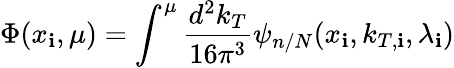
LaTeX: \Phi(x_{\mathbf{i}},\mu)=\int^{\mu}{\frac{{d^{2}k_{T}}}{{16\pi^{3}}}}\psi_{n/N}(x_{\mathbf{i}},k_{T,\mathbf{i}},\lambda_{\mathbf{i}})